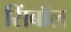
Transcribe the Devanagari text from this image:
सिंबॉल